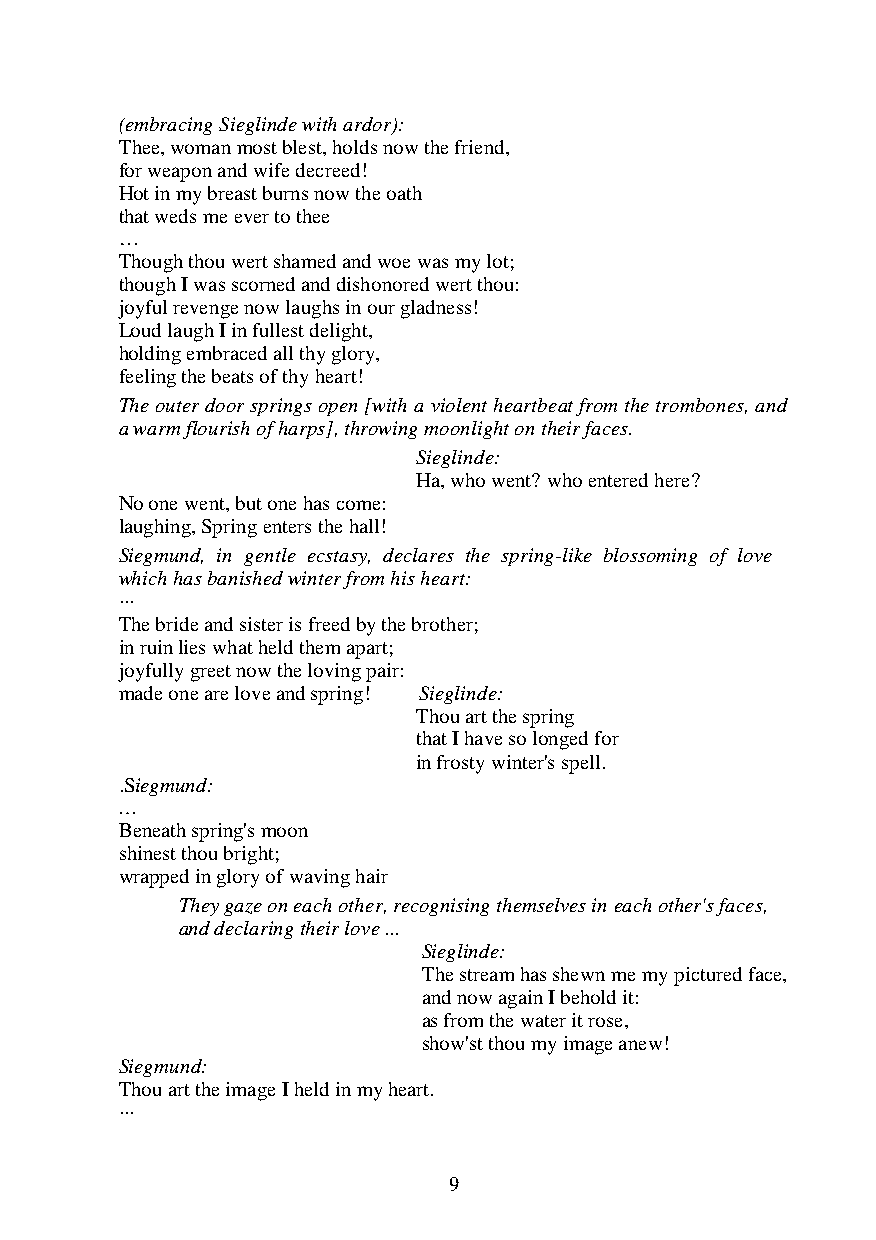
(embracing Sieglinde with ardor):
 Thee, woman most blest, holds now the friend,
 for weapon and wife decreed!
 Hot in my breast burns now the oath
 that weds me ever to thee
 …
 Though thou wert shamed and woe was my lot;
 though I was scorned and dishonored wert thou:
 joyful revenge now laughs in our gladness!
 Loud laugh I in fullest delight,
 holding embraced all thy glory,
 feeling the beats of thy heart!
 The outer door springs open [with a violent heartbeat from the trombones, and
 a warm flourish of harps], throwing moonlight on their faces.
 Sieglinde:
 Ha, who went? who entered here?
 No one went, but one has come:
 laughing, Spring enters the hall!
 Siegmund, in gentle ecstasy, declares the spring-like blossoming of love
 which has banished winter from his heart:
 ...
 The bride and sister is freed by the brother;
 in ruin lies what held them apart;
 joyfully greet now the loving pair:
 made one are love and spring! Sieglinde:
 Thou art the spring
 that I have so longed for
 in frosty winter's spell.
 .Siegmund:
 …
 Beneath spring's moon
 shinest thou bright;
 wrapped in glory of waving hair
 They gaze on each other, recognising themselves in each other's faces,
 and declaring their love ...
 Sieglinde:
 The stream has shewn me my pictured face,
 and now again I behold it:
 as from the water it rose,
 show'st thou my image anew!
 Siegmund:
 Thou art the image I held in my heart.
 ...
 9